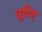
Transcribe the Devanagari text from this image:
बूविए